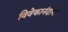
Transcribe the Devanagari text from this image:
विवेकानंदाना